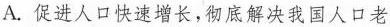
A. 促进人口快速增长，彻底解决我国人口老